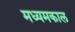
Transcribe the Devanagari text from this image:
मध्यमकाल